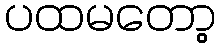
ပထမတော့